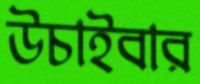
উচাইবার